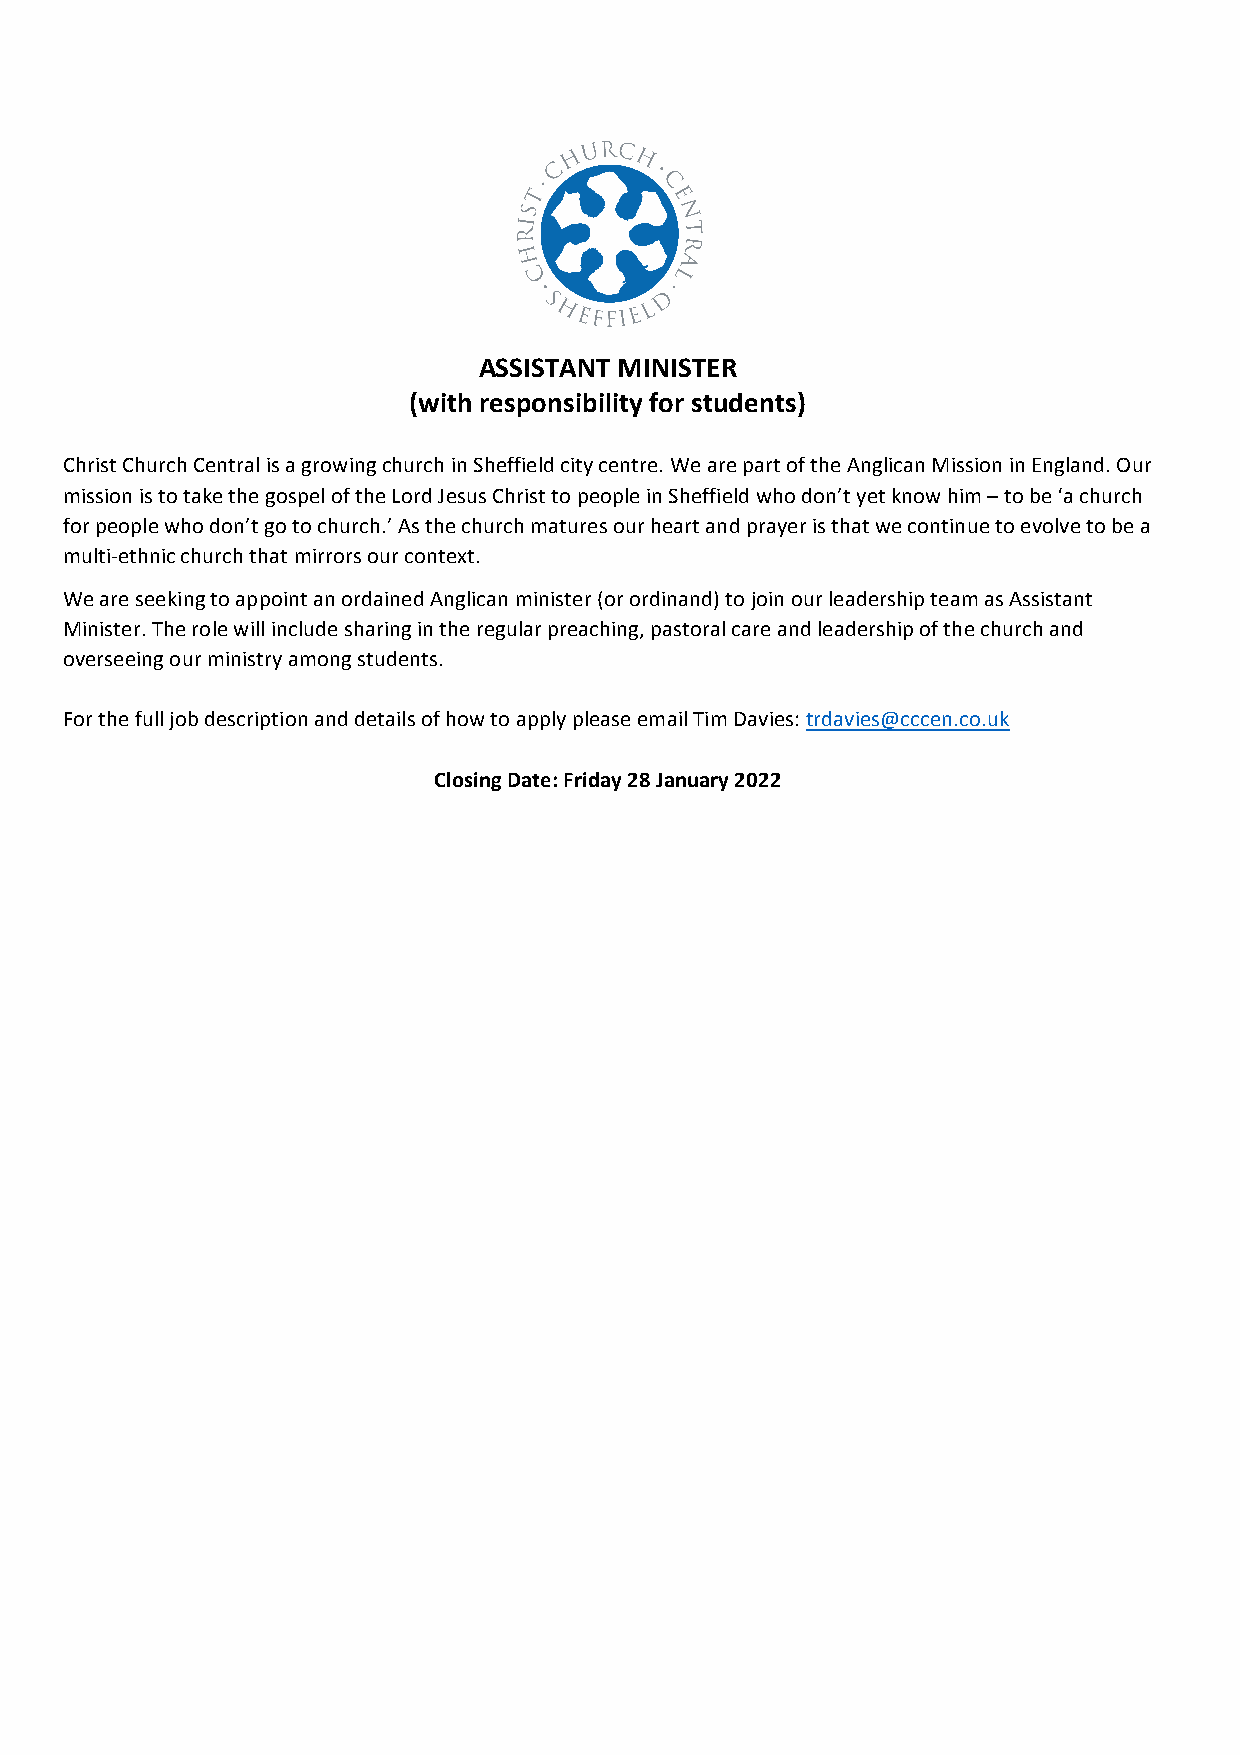
ASSISTANT MINISTER
 (with responsibility for students)
 Christ Church Central is a growing church in Sheffield city centre. We are part of the Anglican Mission in England. Our
 mission is to take the gospel of the Lord Jesus Christ to people in Sheffield who don’t yet know him – to be ‘a church
 for people who don’t go to church.’ As the church matures our heart and prayer is that we continue to evolve to be a
 multi-ethnic church that mirrors our context.
 We are seeking to appoint an ordained Anglican minister (or ordinand) to join our leadership team as Assistant
 Minister. The role will include sharing in the regular preaching, pastoral care and leadership of the church and
 overseeing our ministry among students.
 For the full job description and details of how to apply please email Tim Davies: trdavies@cccen.co.uk
 Closing Date: Friday 28 January 2022